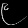
Digit: ၉